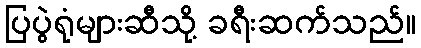
ပြပွဲရုံများဆီသို့ ခရီးဆက်သည်။